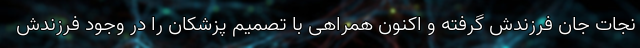
نجات جان فرزندش گرفته و اکنون همراهی با تصمیم پزشکان را در وجود فرزندش